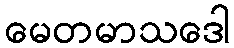
မေတမာသဒေါ